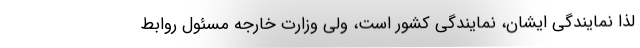
لذا نمایندگی ایشان، نمایندگی کشور است، ولی وزارت خارجه مسئول روابط